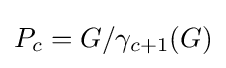
P_{c}=G/\gamma _{c+1}(G)